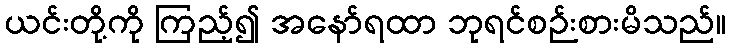
ယင်းတို့ကို ကြည့်၍ အနော်ရထာ ဘုရင်စဉ်းစားမိသည်။